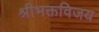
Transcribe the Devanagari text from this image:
श्रीभक्तविजय